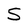
Character: S